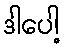
ဒါပေါ့